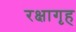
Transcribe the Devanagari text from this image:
रक्षागृह